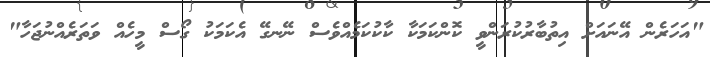
"އަހަރެން އޭނައަށް އިތުބާރުކުރަންވީ ކޮންކަމަކާ ކާކުކަމެއްވެސް ނޭނގޭ އެކަމަކު ގޯސް މީހެއް ވަތަރެއްނުޖަހާ"